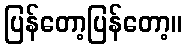
ပြန်တော့ပြန်တော့။